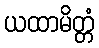
ယထာမိတ္တံ